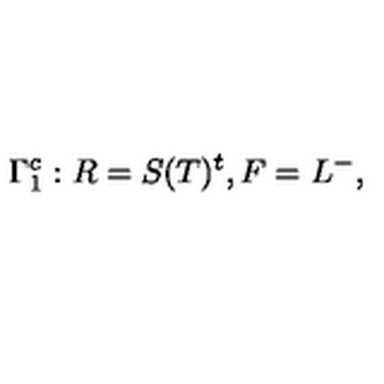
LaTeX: \Gamma _ { 1 } ^ { c } : R = S ( T ) ^ { t } , F = L ^ { - } ,